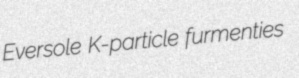
Eversole K-particle furmenties